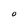
Character: O